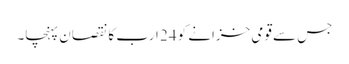
جس سے قومی خزانے کو 24 ارب کا نقصان پہنچا۔